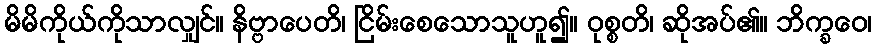
မိမိကိုယ်ကိုသာလျှင်။ နိဗ္ဗာပေတိ၊ ငြိမ်းစေသောသူဟူ၍။ ဝုစ္စတိ၊ ဆိုအပ်၏။ ဘိက္ခဝေ၊